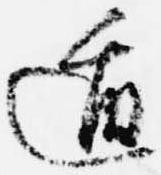
遁